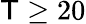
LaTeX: \mathsf{T}\geq20